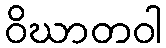
ဝိဃာတဝါ